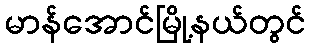
မာန်အောင်မြို့နယ်တွင်